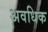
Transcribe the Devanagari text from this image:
अवधिक